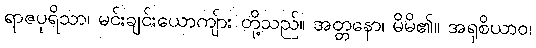
ရာဇပုရိသာ၊ မင်းချင်းယောကျ်ား တို့သည်။ အတ္တနော၊ မိမိ၏။ အရုစိယာဝ၊